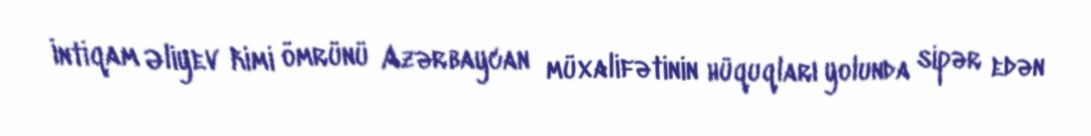
İntiqam Əliyev kimi ömrünü Azərbaycan müxalifətinin hüquqları yolunda sipər edən